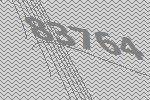
83764